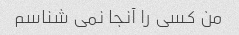
من کسی را آنجا نمی شناسم